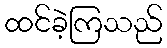
ထင်ခဲ့ကြသည်